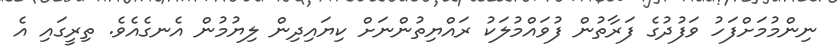
ނިންމުމަށްފަހު ވަފުދުގެ ފަރާތުން ފުވައްމުލަކު ރައްޔިތުންނަށް ކިޔައިދިން ލިޔުމުން އެނގެއެވެ. ތިރީގައި އެ